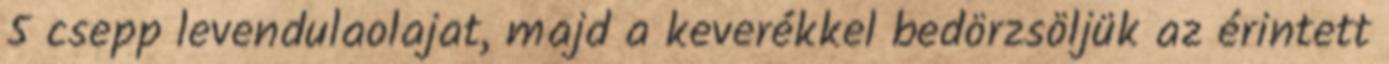
5 csepp levendulaolajat, majd a keverékkel bedörzsöljük az érintett